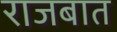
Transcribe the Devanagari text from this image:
राजबात